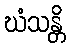
ဃံသန္တိ